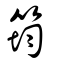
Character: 筠